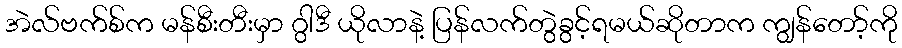
အဲလ်ဗက်စ်က မန်စီးတီးမှာ ဂွါဒီ ယိုလာနဲ့ ပြန်လက်တွဲခွင့်ရမယ်ဆိုတာက ကျွန်တော့်ကို